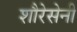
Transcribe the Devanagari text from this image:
शौरेसेनी